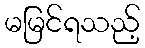
မမြင်ရသည့်